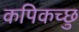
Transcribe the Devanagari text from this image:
कपिकच्छु